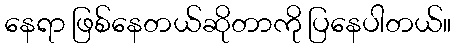
နေရာ ဖြစ်နေတယ်ဆိုတာကို ပြနေပါတယ်။